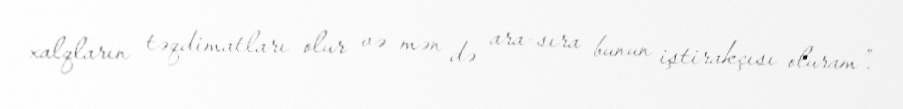
xalqların təqdimatları olur və mən də ara-sıra bunun iştirakçısı oluram”.